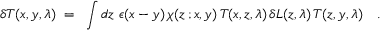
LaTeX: \delta T ( x , y , \lambda ) ~ = ~ \int d z ~ \epsilon ( x - y ) \, \chi ( z \, ; x , y ) \, T ( x , z , \lambda ) \, \delta L ( z , \lambda ) \, T ( z , y , \lambda ) ~ ~ ~ .